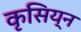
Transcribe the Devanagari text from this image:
कृसिय्न